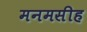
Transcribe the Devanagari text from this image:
मनमसीह